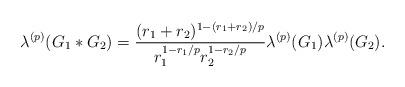
LaTeX: \begin{align*}\lambda^{(p)}(G_1* G_2)=\frac{(r_1+r_2)^{1-(r_1+r_2)/p}}{r_1^{1-r_1/p}r_2^{1-r_2/p}}\lambda^{(p)}(G_1)\lambda^{(p)}(G_2). \end{align*}